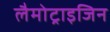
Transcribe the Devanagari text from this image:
लैमोट्राइजिन